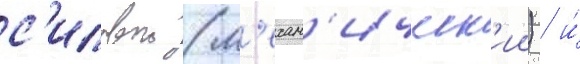
с'иловои (м'ехан'ическ'ии) / и́